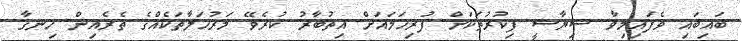
ބައިބައި ވެފައިމިވާ ސިޔާސީ ފިކުރުތަކަށް ފުރިހަމައަށް އިތުބާރު ކުރެވޭ މަރުހަލާތަކެއްގެ ތެރެއިން ހިނގާ